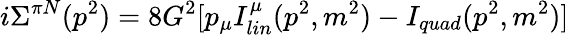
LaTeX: i\Sigma^{\pi N}(p^{2})=8G^{2}[p_{\mu}I_{lin}^{\mu}(p^{2},m^{2})-I_{quad}(p^{2},m^{2})]